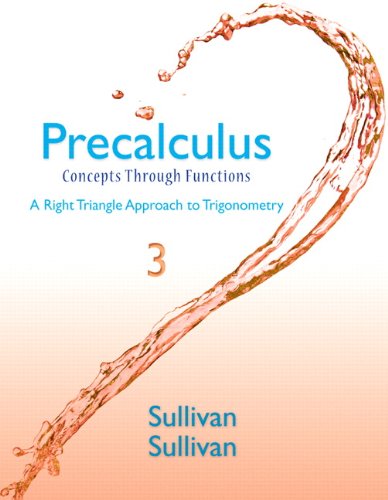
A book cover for Precalculus: Concepts Through Functions, A Right Triangle Approach to Trigonometry Plus NEW MyMathLab with eText -- Access Card Package (3rd Edition); Michael Sullivan; Science & Math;